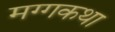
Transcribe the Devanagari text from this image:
मग्गकथा